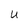
Character: U